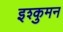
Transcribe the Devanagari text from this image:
इश्कुमन